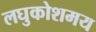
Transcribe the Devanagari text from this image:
लघुकोशमय